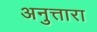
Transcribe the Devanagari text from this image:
अनुत्तारा